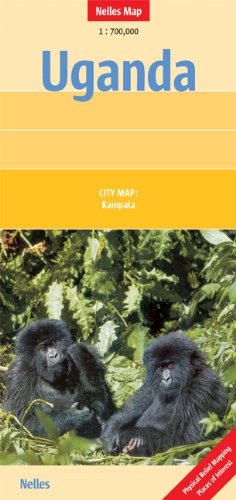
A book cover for Uganda 1:700,000 Nelles 2013***; Nelles Verlag; Travel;